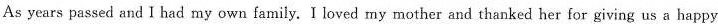
As years passed and I had my own family.I loved my mother and thanked her for giving us a happy